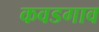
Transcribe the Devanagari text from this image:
कवडगाव